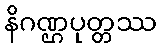
နိဂဏ္ဌပုတ္တဿ